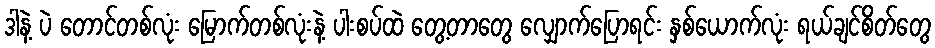
ဒါနဲ့ ပဲ တောင်တစ်လုံး မြောက်တစ်လုံးနဲ့ ပါးစပ်ထဲ တွေ့တာတွေ လျှောက်ပြောရင်း နှစ်ယောက်လုံး ရယ်ချင်စိတ်တွေ